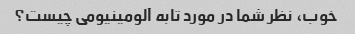
خوب، نظر شما در مورد تابه آلومینیومی چیست؟